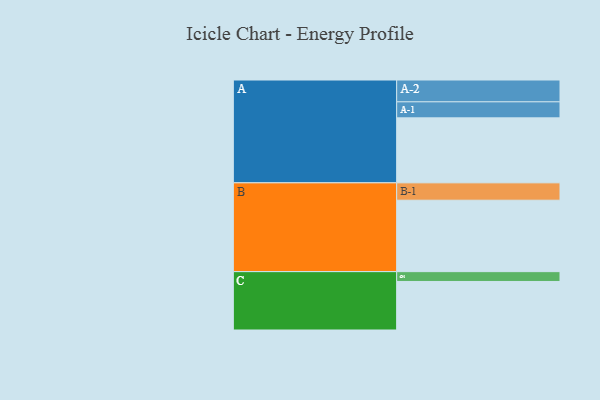
{"axis": {"x": "Segment", "y": "Value"}, "legend": ["", "A", "B", "C"], "data": [{"x": "A", "y": 482, "type": ""}, {"x": "B", "y": 530, "type": ""}, {"x": "C", "y": 360, "type": ""}, {"x": "A-1", "y": 119, "type": "A"}, {"x": "A-2", "y": 162, "type": "A"}, {"x": "B-1", "y": 129, "type": "B"}, {"x": "C-1", "y": 73, "type": "C"}]}